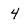
Character: 4